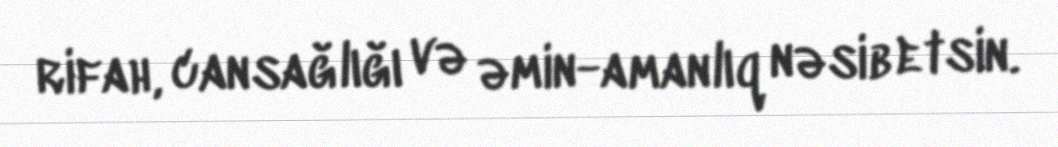
rifah, cansağlığı və əmin-amanlıq nəsib etsin.